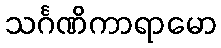
သင်္ဂဏိကာရာမော